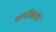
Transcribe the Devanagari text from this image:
कावीसाकी